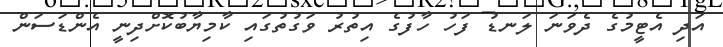
އަދި އެޓީމުގެ ދެވަނަ ލަނޑު ފަހު ހާފުގެ އިތުރު ވަގުތުގައި ކާމިޔާބުކޮށްދިނީ އެންޑަސަން